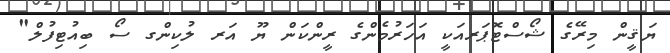
ޔަޤީން މިރޭގެ ޝޯސްޓޮޕަރއަކީ އަހަރުމެންގެ ރީންކަން ޔޫ އަރ ލުކިންގ ސޯ ބިއުޓިފުލް"